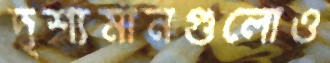
দৃশ্যমানগুলোও